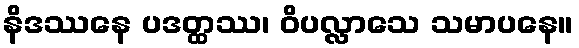
နိဒဿနေ ပဒတ္ထဿ၊ ဝိပလ္လာသေ သမာပနေ။